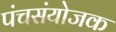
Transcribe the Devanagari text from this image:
पंचसंयोजक